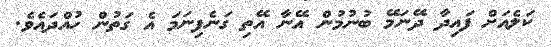
ކަލެއަށް ފައިދާ ދޭނަމޭ ބުނުމުން އޭނާ އޭތި ގަނެފިނަމަ އެ ގަތުން ހުއްދައެވެ.